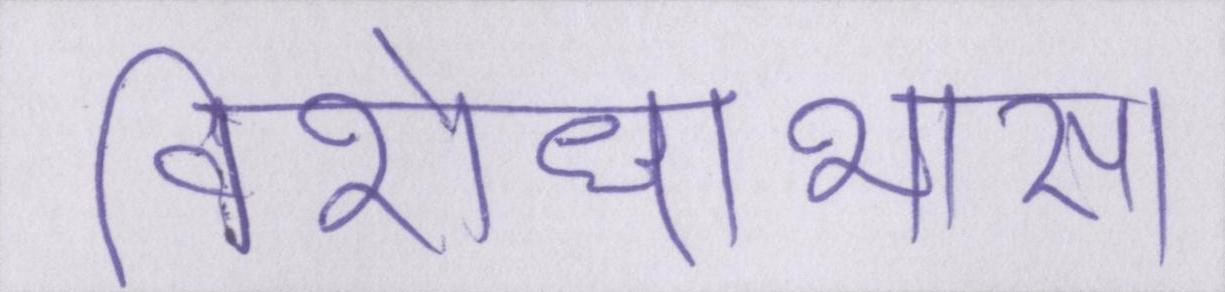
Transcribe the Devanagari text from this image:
विरोधाभास।